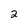
Character: 2